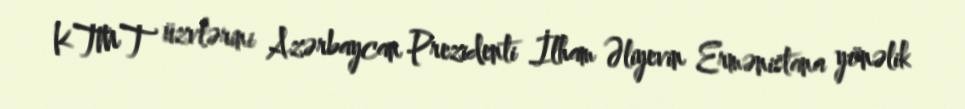
KTMT üzvlərini Azərbaycan Prezidenti İlham Əliyevin Ermənistana yönəlik